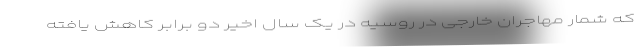
که شمار مهاجران خارجی در روسیه در یک سال اخیر دو برابر کاهش یافته